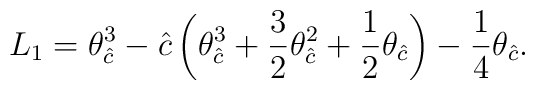
L_1= \theta_{\hat c}^3 - {\hat c} \left(\theta_{\hat c}^3 +\frac{3}{2}\theta_{\hat c}^2 + \frac{1}{2}\theta_{\hat c} \right)- \frac{1}{4}\theta_{\hat c}.